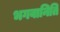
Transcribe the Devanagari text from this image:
भगवानिति